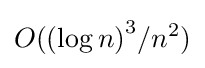
O({(\log n)}^{3}/{n^{2}})